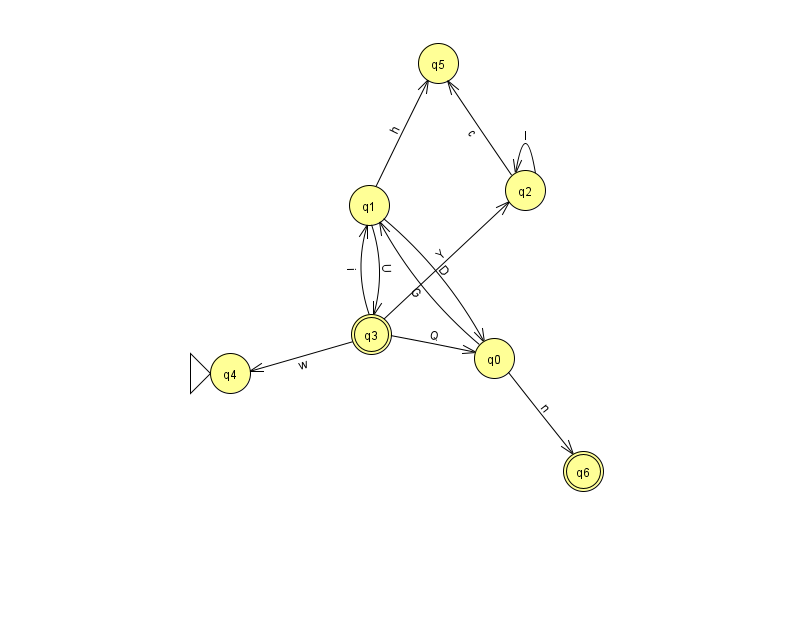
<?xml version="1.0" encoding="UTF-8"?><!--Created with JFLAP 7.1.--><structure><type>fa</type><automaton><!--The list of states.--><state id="0" name="q0"><x>494.0</x><y>345.0</y></state><state id="1" name="q1"><x>369.0</x><y>192.0</y></state><state id="2" name="q2"><x>525.0</x><y>177.0</y></state><state id="3" name="q3"><x>371.0</x><y>321.0</y><final/></state><state id="4" name="q4"><x>230.0</x><y>360.0</y><initial/></state><state id="5" name="q5"><x>438.0</x><y>50.0</y></state><state id="6" name="q6"><x>583.0</x><y>458.0</y><final/></state><!--The list of transitions.--><transition><from>1</from><to>3</to><read>U</read></transition><transition><from>2</from><to>5</to><read>c</read></transition><transition><from>3</from><to>4</to><read>w</read></transition><transition><from>0</from><to>6</to><read>n</read></transition><transition><from>2</from><to>2</to><read>I</read></transition><transition><from>3</from><to>2</to><read>Y</read></transition><transition><from>1</from><to>5</to><read>h</read></transition><transition><from>3</from><to>1</to><read>i</read></transition><transition><from>1</from><to>0</to><read>D</read></transition><transition><from>3</from><to>0</to><read>Q</read></transition><transition><from>0</from><to>1</to><read>G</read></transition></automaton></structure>